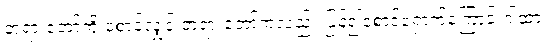
တရားတော်ကို စောင့်လျှင် တရားတော်ကလည်း ပြန်၍စောင့်ရှောက်ကြောင်းဂါထာ